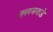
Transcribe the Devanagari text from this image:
क्लबकडे